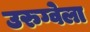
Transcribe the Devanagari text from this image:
उरुग्वेला